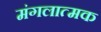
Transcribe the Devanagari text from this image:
मंगलात्मक